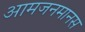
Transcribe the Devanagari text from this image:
आमजनमानस